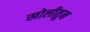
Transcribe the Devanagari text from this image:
खोलीतुन